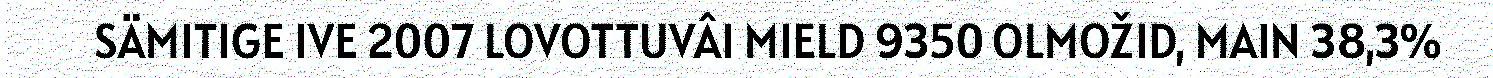
SÄMITIGE IVE 2007 LOVOTTUVÂI MIELD 9350 OLMOŽID, MAIN 38,3%